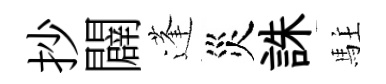
抄闢蓬災誅駐